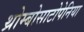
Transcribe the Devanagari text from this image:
थ्रोम्बोसाटोपेनिया